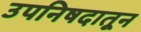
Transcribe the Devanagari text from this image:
उपनिषदातून